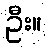
ဦး။